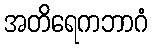
အတိရေကဘာဂံ